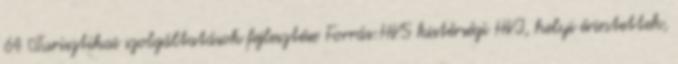
64 ▪Turisztikai szolgáltatások fejlesztése Forrás:HVS kistérségi HVI, helyi érintettek,